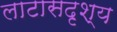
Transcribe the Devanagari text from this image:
लाटासदृश्य